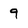
Character: 9